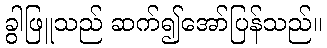
ခွါဖြူသည် ဆက်၍အော်ပြန်သည်။